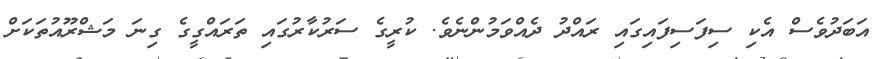
އަބަދުވެސް އެކި ސިފަސިފައިގައި ރައްދު ދެއްވަމުންނެވެ. ކުރީގެ ސަރުކާރުގައި ތަރައްގީގެ ގިނަ މަޝްރޫއުތަކަށް